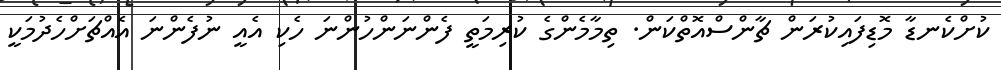
ކުށްކެނޑާ މޮޑިފައިކުރަން ޗާންސްއޮތްކަން. ތިމާމެންގެ ކުރިމަތީ ފެންނަންހުންނަ ހެކި އެއީ ނުފެންނަ އެއްޗަށްހެދުމަކީ